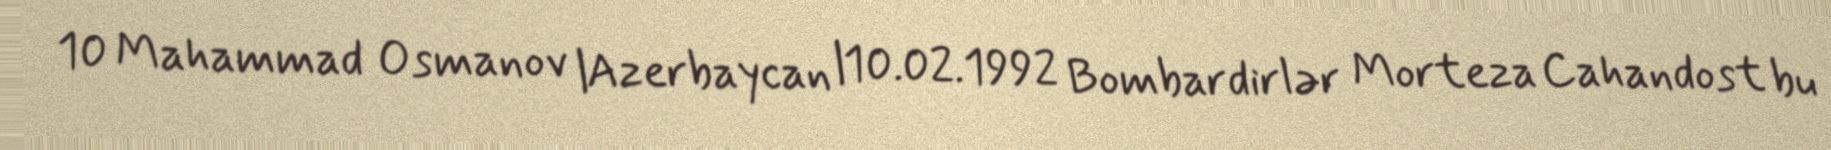
10 Mahammad Osmanov |Azerbaycan |10.02.1992 Bombardirlər Morteza Cahandost bu